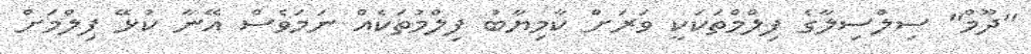
"ދޫމް" ސިލްސިލާގެ ފިލްމްތަކަކީ ވަރަށް ކާމިޔާބު ފިލްމުތަކެއް ނަމަވެސް އޭނާ ކުޅޭ ފިލްމަށް